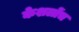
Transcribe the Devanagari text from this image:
केशलोंच